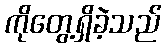
ကိုတွေ့ရှိခဲ့သည်